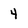
Character: 4